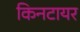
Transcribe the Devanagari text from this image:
किनटायर